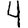
Digit: 4